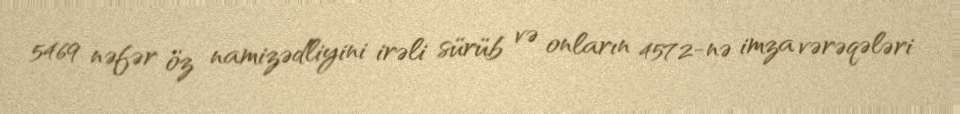
5469 nəfər öz namizədliyini irəli sürüb və onların 4572-nə imza vərəqələri